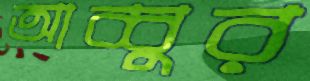
আব্বুর